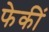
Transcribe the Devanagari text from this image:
फेकीं